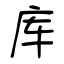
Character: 库